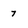
Character: 7